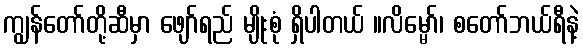
ကျွန်တော်တို့ဆီမှာ ဖျော်ရည် မျိုးစုံ ရှိပါတယ် ။လိမ္မော်၊ စတော်ဘယ်ရီနဲ့